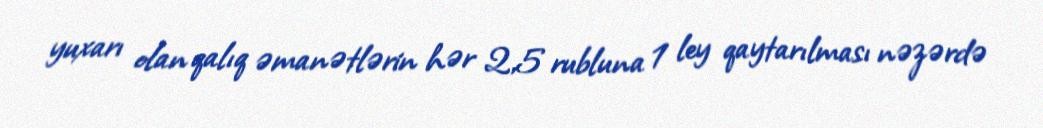
yuxarı olan qalıq əmanətlərin hər 2,5 rubluna 1 ley qaytarılması nəzərdə